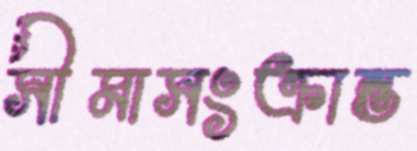
সীমাসংক্রান্ত